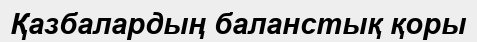
Қазбалардың баланстық қоры